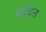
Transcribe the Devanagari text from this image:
मृदित